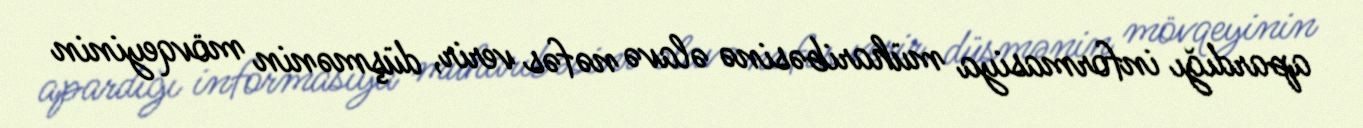
apardığı informasiya müharibəsinə əlavə nəfəs verir, düşmənin mövqeyinin